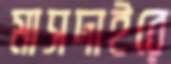
মাসদাইরে